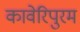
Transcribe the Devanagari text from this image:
कावेरिपुरम